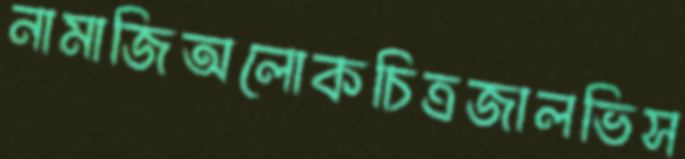
নামাজিঅলোকচিত্রজালভিস